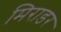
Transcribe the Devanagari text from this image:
मिराडर